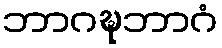
ဘာဂဍ္ဎဘာဂံ